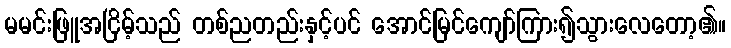
မမင်းဖြူအငြိမ့်သည် တစ်ညတည်းနှင့်ပင် အောင်မြင်ကျော်ကြား၍သွားလေတော့၏။